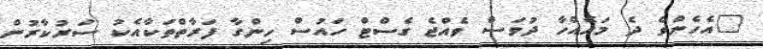
"އެހެންވެ ދެ މަހެއްހާ ދުވަސް ވެއްޖެ ގެސްޓް ހައުސް ހިންގާ ފަރާތްތަކާއެކު ސަރުކާރުން